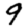
Digit: 9